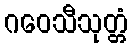
ဂဝေသီသုတ္တံ